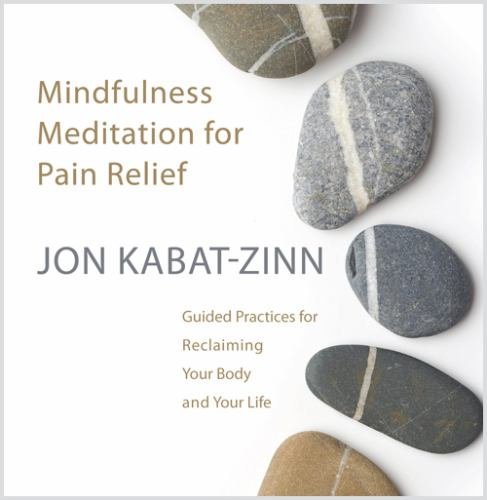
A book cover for Mindfulness Meditation for Pain Relief: Guided Practices for Reclaiming Your Body and Your Life; Jon Kabat-Zinn; Health, Fitness & Dieting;